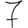
Digit: 7